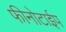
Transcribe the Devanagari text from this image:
फीनोटाईप